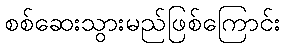
စစ်ဆေးသွားမည်ဖြစ်ကြောင်း